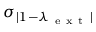
\sigma _ { | 1 - \lambda _ { \mathrm { ~ e ~ x ~ t ~ } } | }